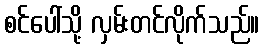
စင်ပေါ်သို့ လှမ်းတင်လိုက်သည်။